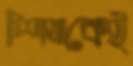
শিখাকেই